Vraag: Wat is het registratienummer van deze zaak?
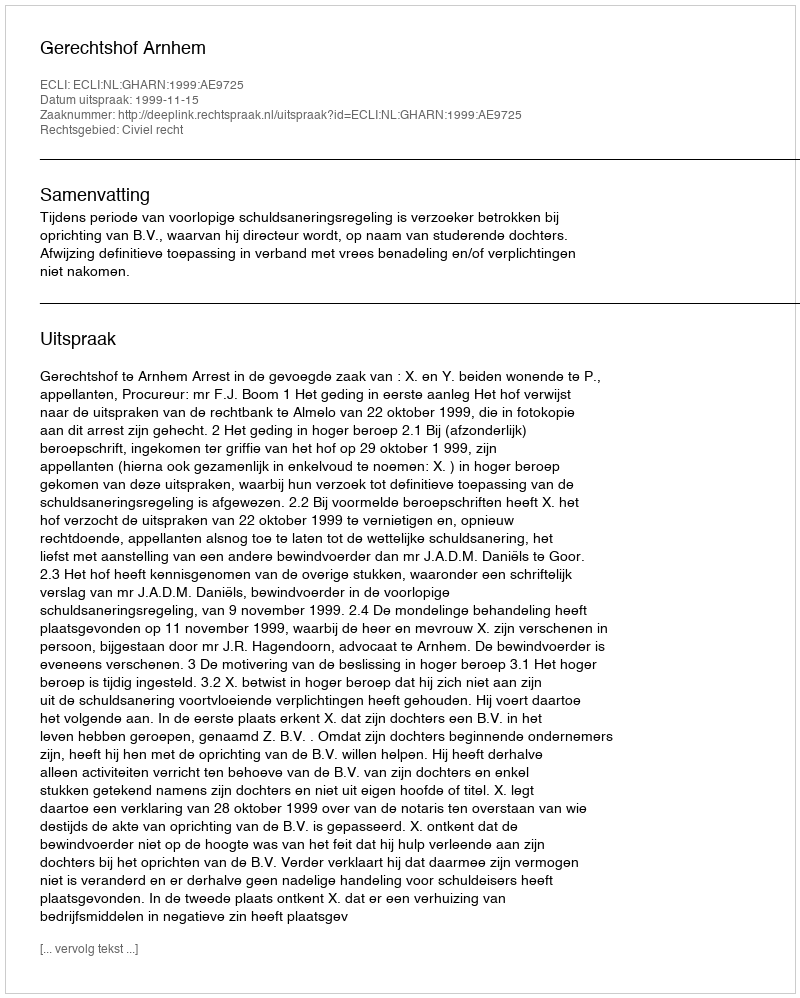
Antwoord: http://deeplink.rechtspraak.nl/uitspraak?id=ECLI:NL:GHARN:1999:AE9725